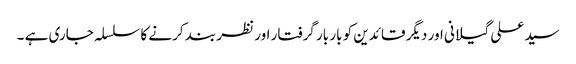
سید علی گیلانی اور دیگر قائدین کو بار بار گرفتار اور نظر بند کرنے کا سلسلہ جاری ہے ۔